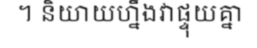
។ និយាយហ្នឹងវាផ្ទុយគ្នា